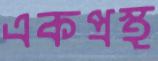
একপ্রস্থ